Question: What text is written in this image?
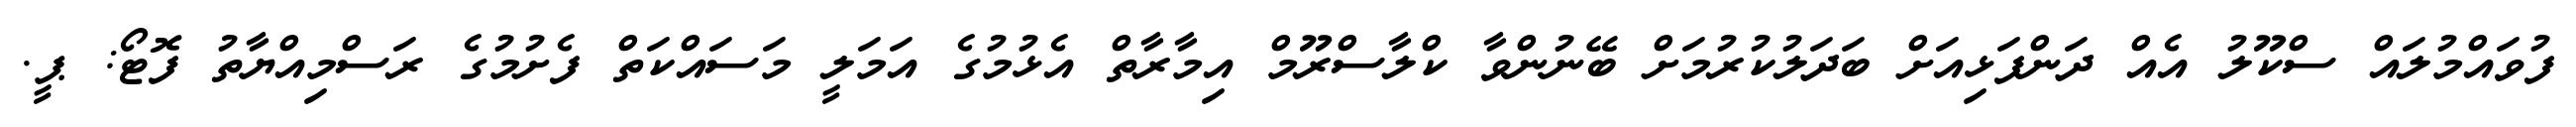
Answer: ފުވައްމުލައް ސްކޫލު އެއް ދަންފަޅިއަށް ބަދަލުކުރުމަށް ބޭނުންވާ ކްލާސްރޫމް އިމާރާތް އެޅުމުގެ އަމަލީ މަސައްކަތް ފެށުމުގެ ރަސްމިއްޔާތު ފޮޓޯ: ޕީ.